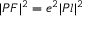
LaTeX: | P F | ^ { 2 } = e ^ { 2 } | P l | ^ { 2 }